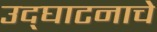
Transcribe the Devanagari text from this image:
उद्‌घाटनाचे